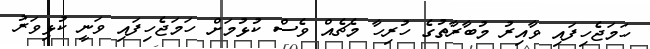
ހަމަޖެހިފައި ވާއިރު މުބާރާތުގެ ހުރިހާ މެޗެއް ވެސް ކުޅުމަށް ހަމަޖެހިފައި ވަނީ ކުޅިވަރު